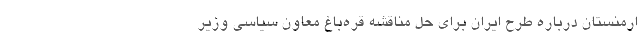
ارمنستان درباره طرح ایران برای حل مناقشه قره‌باغ معاون سیاسی وزیر